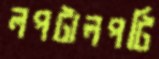
লপটালপটি